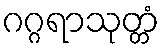
ဂဂ္ဂရာသုတ္တံ